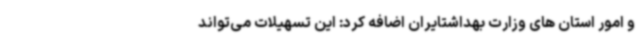
و امور استان های وزارت بهداشتایران اضافه کرد: این تسهیلات می‌تواند